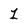
Character: 1